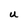
Character: U